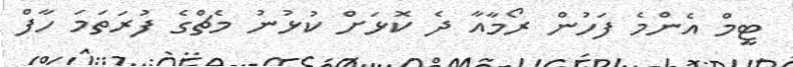
ޓީމް އެންމެ ފަހުން ރޯމާއާ ދެ ކޮޅަށް ކުޅުނު މެޗްގެ ފުރަތަމަ ހާފް